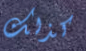
كذلك